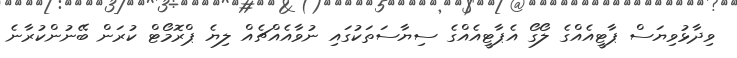
ވިދާޅުވިޔަސް ޕާޓީއެއްގެ ލޯގޯ އެޕާޓީއެއްގެ ސިޔާސަތަކުގައި ނުވާއެއްޗެއް ލިޔެ ޕްރޮމޯޓް ކުރަން ބޭނުންކުރާނެ